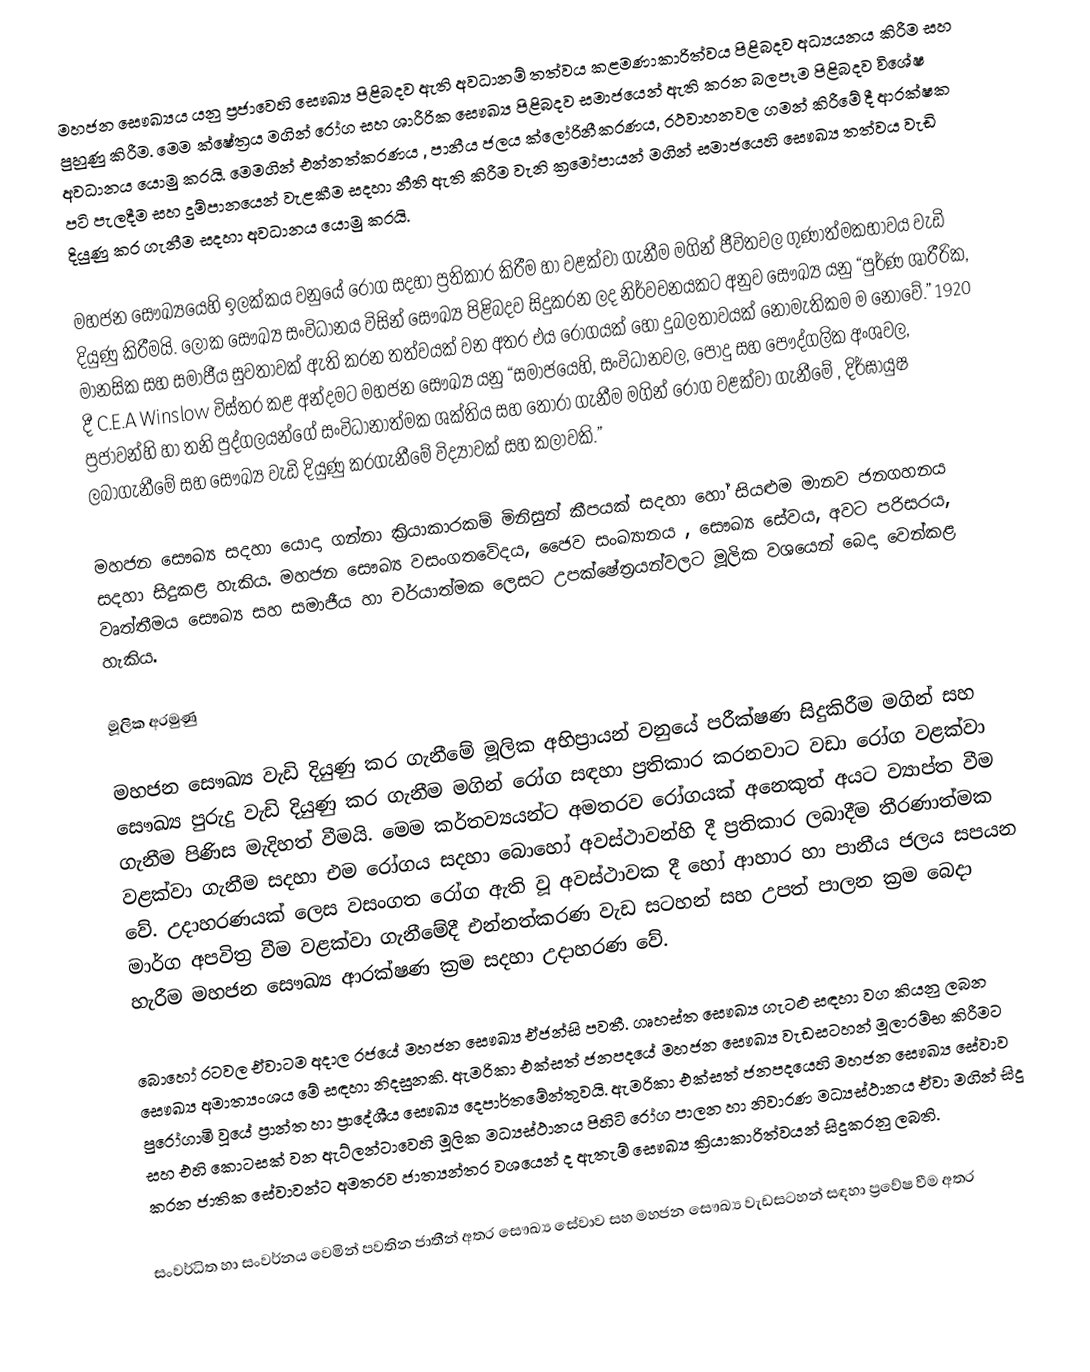
මහජන සෞඛ්‍යය යනු ප්‍රජාවෙහි සෞඛ්‍ය පිළිබදව ඇති අවධානම් තත්වය කළමණාකාරිත්වය පිළිබදව අධ්‍යයනය කිරීම සහ පුහුණු කිරීම. මෙම ක්ෂේත්‍රය මගින් රෝග සහ ශාරීරික සෞඛ්‍ය පිළිබදව සමාජයෙන් ඇති කරන බලපෑම පිළිබදව විශේෂ අවධානය යොමු කරයි. මෙමගින් එන්නත්කරණය , පානීය ජලය ක්ලෝරිනීකරණය, රථවාහනවල ගමන් කිරීමේ දී ආරක්ෂක පටි පැලදීම සහ දුම්පානයෙන් වැළකීම සදහා නීති ඇති කිරීම වැනි ක්‍රමෝපායන් මගින් සමාජයෙහි සෞඛ්‍ය තත්වය වැඩි දියුණු කර ගැනීම සදහා අවධානය යොමු කරයි.

මහජන සෞඛ්‍යයෙහි ඉලක්කය වනුයේ රෝග සදහා ප්‍රතිකාර කිරීම හා වළක්වා ගැනීම මගින් ජීවිතවල ගුණාත්මකභාවය වැඩි දියුණු කිරීමයි. ලෝක සෞඛ්‍ය සංවිධානය විසින් සෞඛ්‍ය පිළිබදව සිදුකරන ලද නිර්වචනයකට අනුව සෞඛ්‍ය යනු “පුර්ණ ශාරීරික, මානසික සහ සමාජීය සුවතාවක් ඇති කරන තත්වයක් වන අතර එය රෝගයක් හෝ දුබලතාවයක් නොමැතිකම ම නොවේ.” 1920 දී C.E.A Winslow විස්තර කළ අන්දමට මහජන සෞඛ්‍ය යනු “සමාජයෙහි, සංවිධානවල, පොදු සහ පෞද්ගලික අංශවල, ප්‍රජාවන්හි හා තනි පුද්ගලයන්ගේ සංවිධානාත්මක ශක්තිය සහ තෝරා ගැනීම මගින් රෝග වළක්වා ගැනීමේ , දිර්ඝායුෂ ලබාගැනීමේ සහ සෞඛ්‍ය වැඩි දියුණු කරගැනීමේ විද්‍යාවක් සහ කලාවකි.”

මහජන සෞඛ්‍ය සදහා යොදා ගන්නා ක්‍රියාකාරකම් මිනිසුන් කීපයක් සදහා හෝ සියළුම මානව ජනගහනය සදහා සිදුකළ හැකිය. මහජන සෞඛ්‍ය වසංගතවේදය, ජෛව සංඛ්‍යානය , සෞඛ්‍ය සේවය, අවට පරිසරය, වෘත්තීමය සෞඛ්‍ය සහ සමාජීය හා චර්යාත්මක ලෙසට උපක්ෂේත්‍රයන්වලට‍ මූලික වශයෙන් බෙදා වෙන්කළ හැකිය.

මූලික අරමුණු

මහජන සෞඛ්‍ය වැඩි දියුණු කර ගැනීමේ මූලික අභිප්‍රායන් වනුයේ පරීක්ෂණ සිදුකිරීම මගින් සහ සෞඛ්‍ය පුරුදු වැඩි දියුණු කර ගැනීම මගින් රෝග සඳහා ප්‍රතිකාර කරනවාට වඩා රෝග වළක්වා ගැනීම පිණිස මැදිහත් වීමයි. මෙම කර්තව්‍යයන්ට අමතරව රෝගයක් අනෙකුත් අයට ව්‍යාප්ත වීම වළක්වා ගැනීම සදහා එම රෝගය සදහා බොහෝ අවස්ථාවන්හි දී ප්‍රතිකාර ලබාදීම තීරණාත්මක වේ. උදාහරණයක් ලෙස වසංගත රෝග ඇති වූ අවස්ථාවක දී හෝ ආහාර හා පානීය ජලය සපයන මාර්ග අපවිත්‍ර වීම වළක්වා ගැනීමේදී එන්නත්කරණ වැඩ සටහන් සහ උපත් පාලන ක්‍රම බෙදා හැරීම මහජන සෞඛ්‍ය ආරක්ෂණ ක්‍රම සදහා උදාහරණ‍ වේ.

බොහෝ රටවල ඒවාටම අදාල රජයේ මහජන සෞඛ්‍ය ඒජන්සි පවතී. ගෘහස්ත සෞඛ්‍ය ගැටළු සඳහා වග කියනු ලබන සෞඛ්‍ය අමාත්‍යංශය මේ සඳහා නිදසුනකි. ඇමරිකා එක්සත් ජනපදයේ මහජන සෞඛ්‍ය වැඩසටහන් මූලාරම්භ කිරීමට පුරෝගාමි වූයේ ප්‍රාන්ත හා ප්‍රාදේශීය සෞඛ්‍ය දෙපාර්තමේන්තුවයි. ඇමරිකා එක්සත් ජනපදයෙහි මහජන සෞඛ්‍ය සේවාව සහ එහි කොටසක් වන ඇට්ලන්ටාවෙහි මූලික මධ්‍යස්ථානය පිහිටි රෝග පාලන හා නිවාරණ මධ්‍යස්ථානය ඒවා මගින් සිදු කරන ජාතික සේවාවන්ට අමතරව ජාත්‍යන්තර වශයෙන් ද ඇතැම් සෞඛ්‍ය ක්‍රියාකාරිත්වයන් සිදුකරනු ලබති.

සංවර්ධිත හා සංවර්නය වෙමින් පවතින ජාතීන් අතර සෞඛ්‍ය සේවාව සහ මහජන සෞඛ්‍ය වැඩසටහන් සඳහා ප්‍රවේෂ වීම  අතර